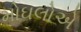
મોઘલોએ